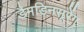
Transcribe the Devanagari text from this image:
डैमडिनसूरेंग